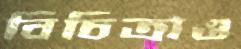
বিচিত্রাও